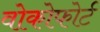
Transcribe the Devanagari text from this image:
वोकोफोर्ट